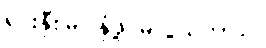
ရင်းနှီးမြုပ်နှံဖို့ မလွယ်တာပါ။